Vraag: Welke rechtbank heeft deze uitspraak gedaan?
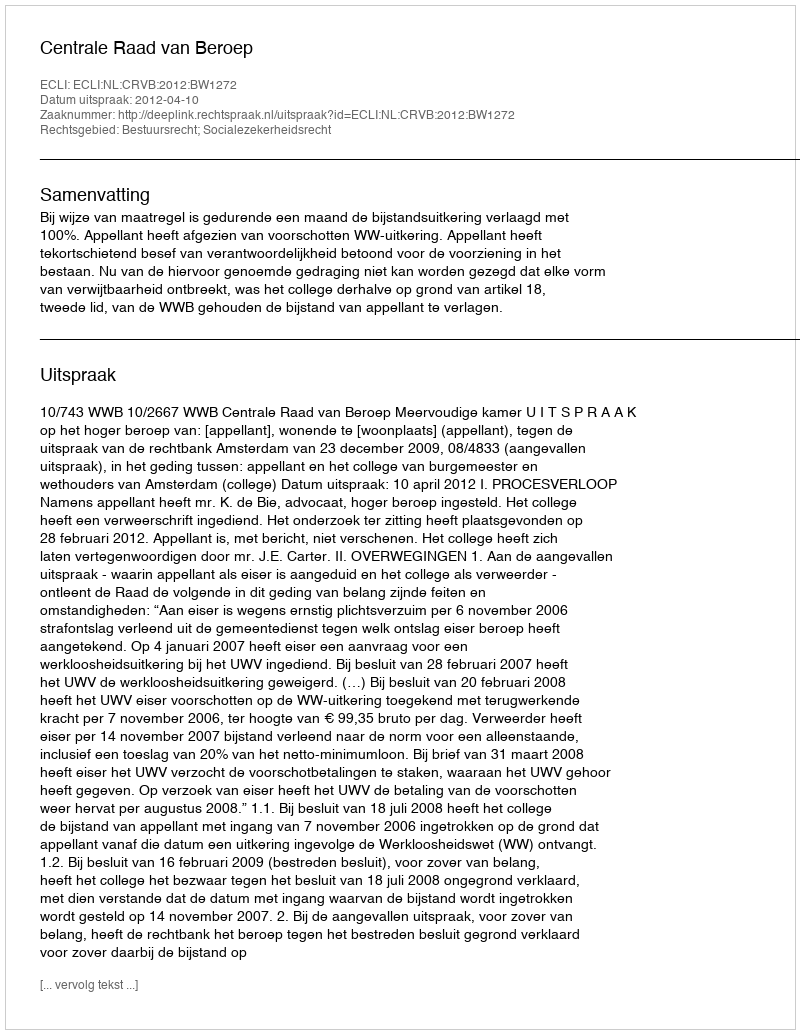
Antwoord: Centrale Raad van Beroep